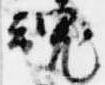
魂